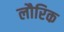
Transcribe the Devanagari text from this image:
लौरिक